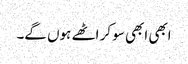
ابھی ابھی سو کر اٹھے ہوں گے۔